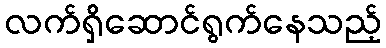
လက်ရှိဆောင်ရွက်နေသည့်